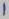
Text: 1